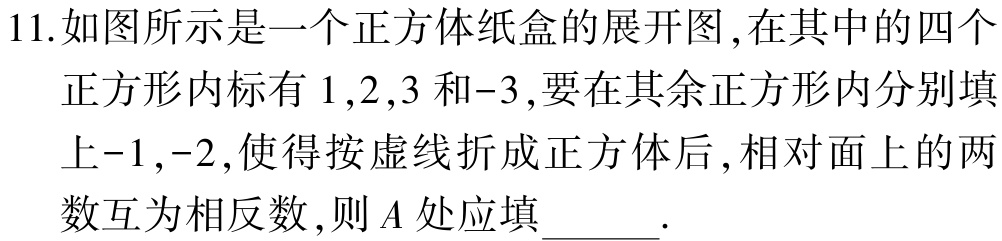
11.如图所示是一个正方体纸盒的展开图,在其中的四个正方形内标有\(1,2,3\)和\(-3\),要在其余正方形内分别填上\(-1,-2\),使得按虚线折成正方体后,相对面上的两数互为相反数,则\(A\)处应填 .